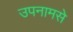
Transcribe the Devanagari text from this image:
उपनामसे